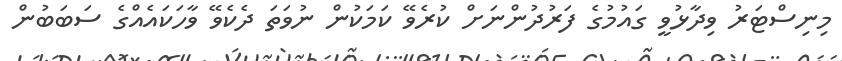
މިނިސްޓަރު ވިދާޅުވީ ގައުމުގެ ފަރުދުންނަށް ކުރެވޭ ކަމަކުން ނުވަތަ ދެކެވޭ ވާހަކައެއްގެ ސަބަބުން